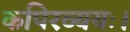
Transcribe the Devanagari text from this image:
कपिरव्ययः।